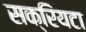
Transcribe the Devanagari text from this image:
सक्रियटा